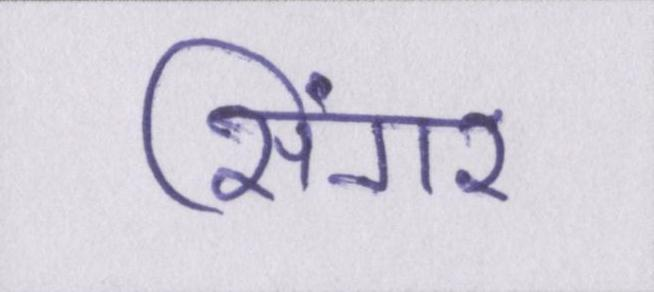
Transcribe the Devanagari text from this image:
सिंगर